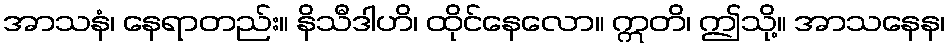
အာသနံ၊ နေရာတည်း။ နိသီဒါဟိ၊ ထိုင်နေလော။ ဣတိ၊ ဤသို့။ အာသနေန၊